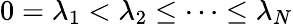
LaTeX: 0=\lambda_{1}<\lambda_{2}\leq\dots\leq\lambda_{N}